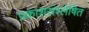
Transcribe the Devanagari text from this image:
प्रकाशसंश्लेषित